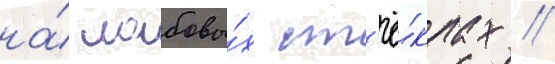
на́ лобовы́х ст'ё́клах //